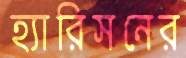
হ্যারিসনের